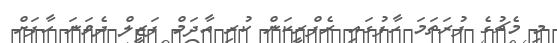
މި މެޗުގެ ފުރަތަމަ ހާފުގައި ރެފްރީކަން ކުރި އާދަމް ފަޒީލް ދެވަނަ ހާފަށް